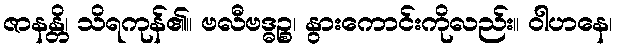
ဇာနန္တိ၊ သိရကုန်၏။ ဗလီဗဒ္ဓဉ္စ၊ နွားကောင်းကိုလည်း။ ဝါဟနေ၊